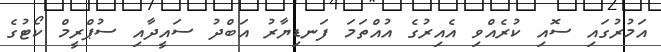
އަމުރުގައި ސޮއި ކުރެއްވި އެއިރުގެ އުއްތަމަ ފަނޑިޔާރު އަބްދު ސައީދާއި ސުޕްރީމް ކޯޓުގެ